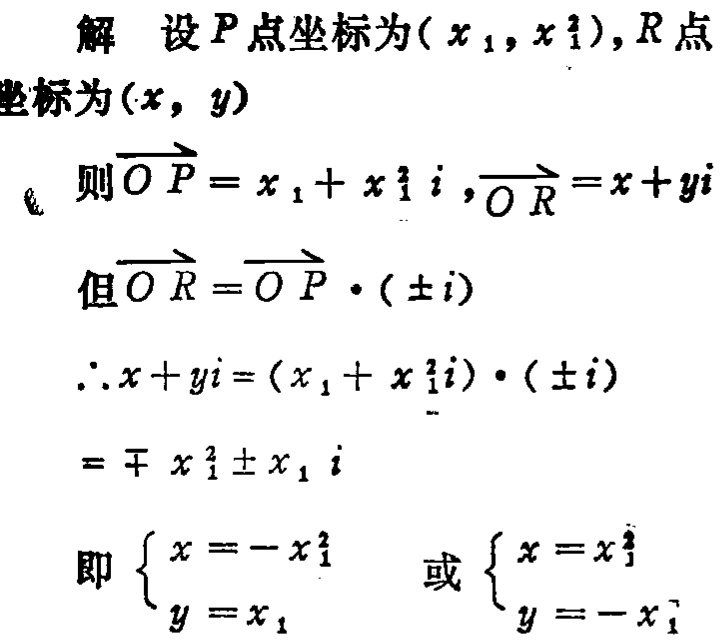
解 设 \(P\) 点坐标为\((x_1,x_1^2)\)，\(R\) 点坐标为\((x,y)\)
则\(\overrightarrow{OP}=x_1 + x_1^2i\)，\(\overrightarrow{OR}=x + yi\)
但\(\overrightarrow{OR}=\overrightarrow{OP}\cdot(\pm i)\)
\(\therefore x + yi=(x_1 + x_1^2i)\cdot(\pm i)\)
\(=\mp x_1^2\pm x_1i\)
即\(\begin{cases}x = -x_1^2\\y = x_1\end{cases}\) 或\(\begin{cases}x = x_1^2\\y = -x_1\end{cases}\)